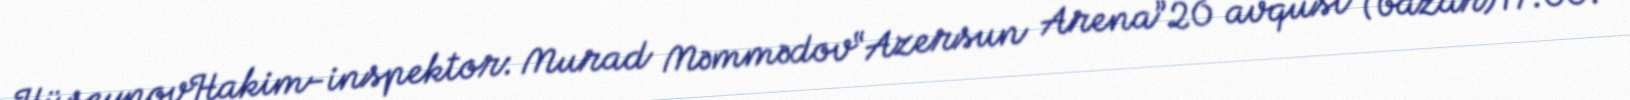
HüseynovHakim-inspektor: Murad Məmmədov“Azersun Arena”20 avqust (bazar)17:00.